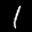
Label: 1